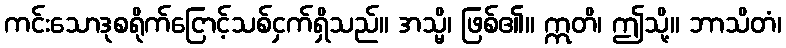
ကင်းသောဒုစရိုက်ငြောင့်သစ်ငှက်ရှိသည်။ အသ္မိ၊ ဖြစ်၏။ ဣတိ၊ ဤသို့။ ဘာသိတံ၊